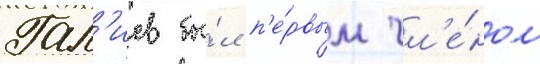
Гал'иев бы́л п'е́рвым чл'е́ном